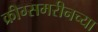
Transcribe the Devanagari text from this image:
क्रीग्समरीनच्या